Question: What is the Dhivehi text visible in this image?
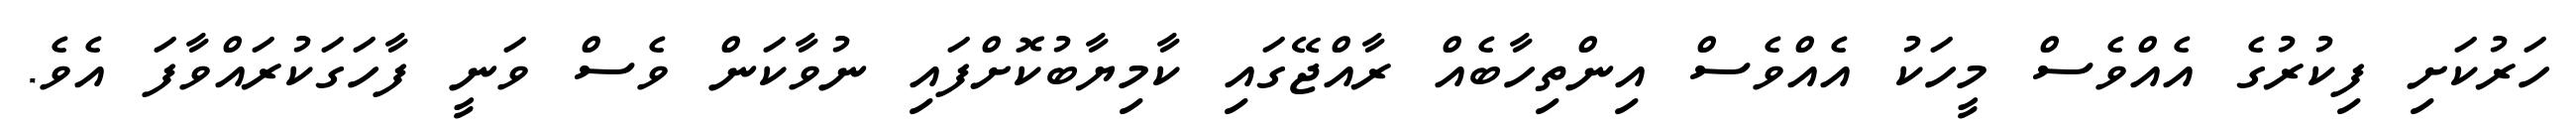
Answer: ހަރުކަށި ފިކުރުގެ އެއްވެސް މީހަކު އެއްވެސް އިންތިހާބެއް ރާއްޖޭގައި ކާމިޔާބުކޮށްފައި ނުވާކަން ވެސް ވަނީ ފާހަގަކުރައްވާފަ އެވެ.